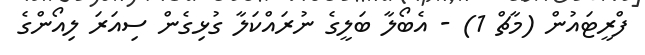
ފްރީޓައުން (މާޗް 1) - އެބޯލާ ބަލީގެ ނުރައްކަލާ ގުޅިގެން ސިއަރަ ލިއޯންގެ